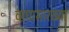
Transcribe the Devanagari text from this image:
वाघासारख्या